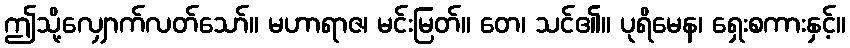
ဤသို့လျှောက်လတ်သော်။ မဟာရာဇ၊ မင်းမြတ်။ တေ၊ သင်၏။ ပုရိမေန၊ ရှေးစကားနှင့်။